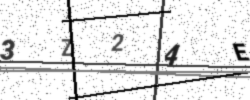
Text: 3Z24E